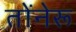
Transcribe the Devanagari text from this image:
तोंनेरू